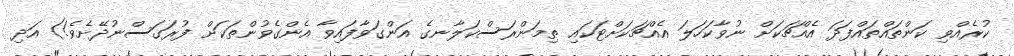
ކުރެއްވި ކަންތައްތައްފަދަ އެއްޗަކަށް ނުވާކަހަލަ އެއްޗަކަށްޓަކައި ތިމަންރަސްކަލާނގެ އަންގަވާފައިވާ އެންގެވުންތަކަށް ފުރަގަސްނުދޭށެވެ!) އަދި